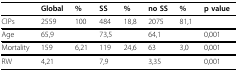
<table><thead><tr><td></td><td><b>Global</b></td><td><b>%</b></td><td><b>SS</b></td><td><b>%</b></td><td><b>no SS</b></td><td><b>%</b></td><td><b>p value</b></td></tr></thead><tbody><tr><td>CIPs</td><td>2559</td><td>100</td><td>484</td><td>18,8</td><td>2075</td><td>81,1</td><td></td></tr><tr><td>Age</td><td>65,9</td><td></td><td>73,5</td><td></td><td>64,1</td><td></td><td>0,001</td></tr><tr><td>Mortality</td><td>159</td><td>6,21</td><td>119</td><td>24,6</td><td>63</td><td>3,0</td><td>0,001</td></tr><tr><td>RW</td><td>4,21</td><td></td><td>7,9</td><td></td><td>3,35</td><td></td><td>0,001</td></tr></tbody></table>